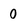
Character: 0